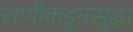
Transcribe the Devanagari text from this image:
राणीकडूनसुद्धा